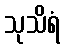
သုသိရံ